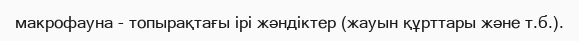
макрофауна - топырақтағы ірі жәндіктер (жауын құрттары және т.б.).